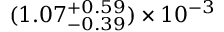
( 1 . 0 7 _ { - 0 . 3 9 } ^ { + 0 . 5 9 } ) \times 1 0 ^ { - 3 }